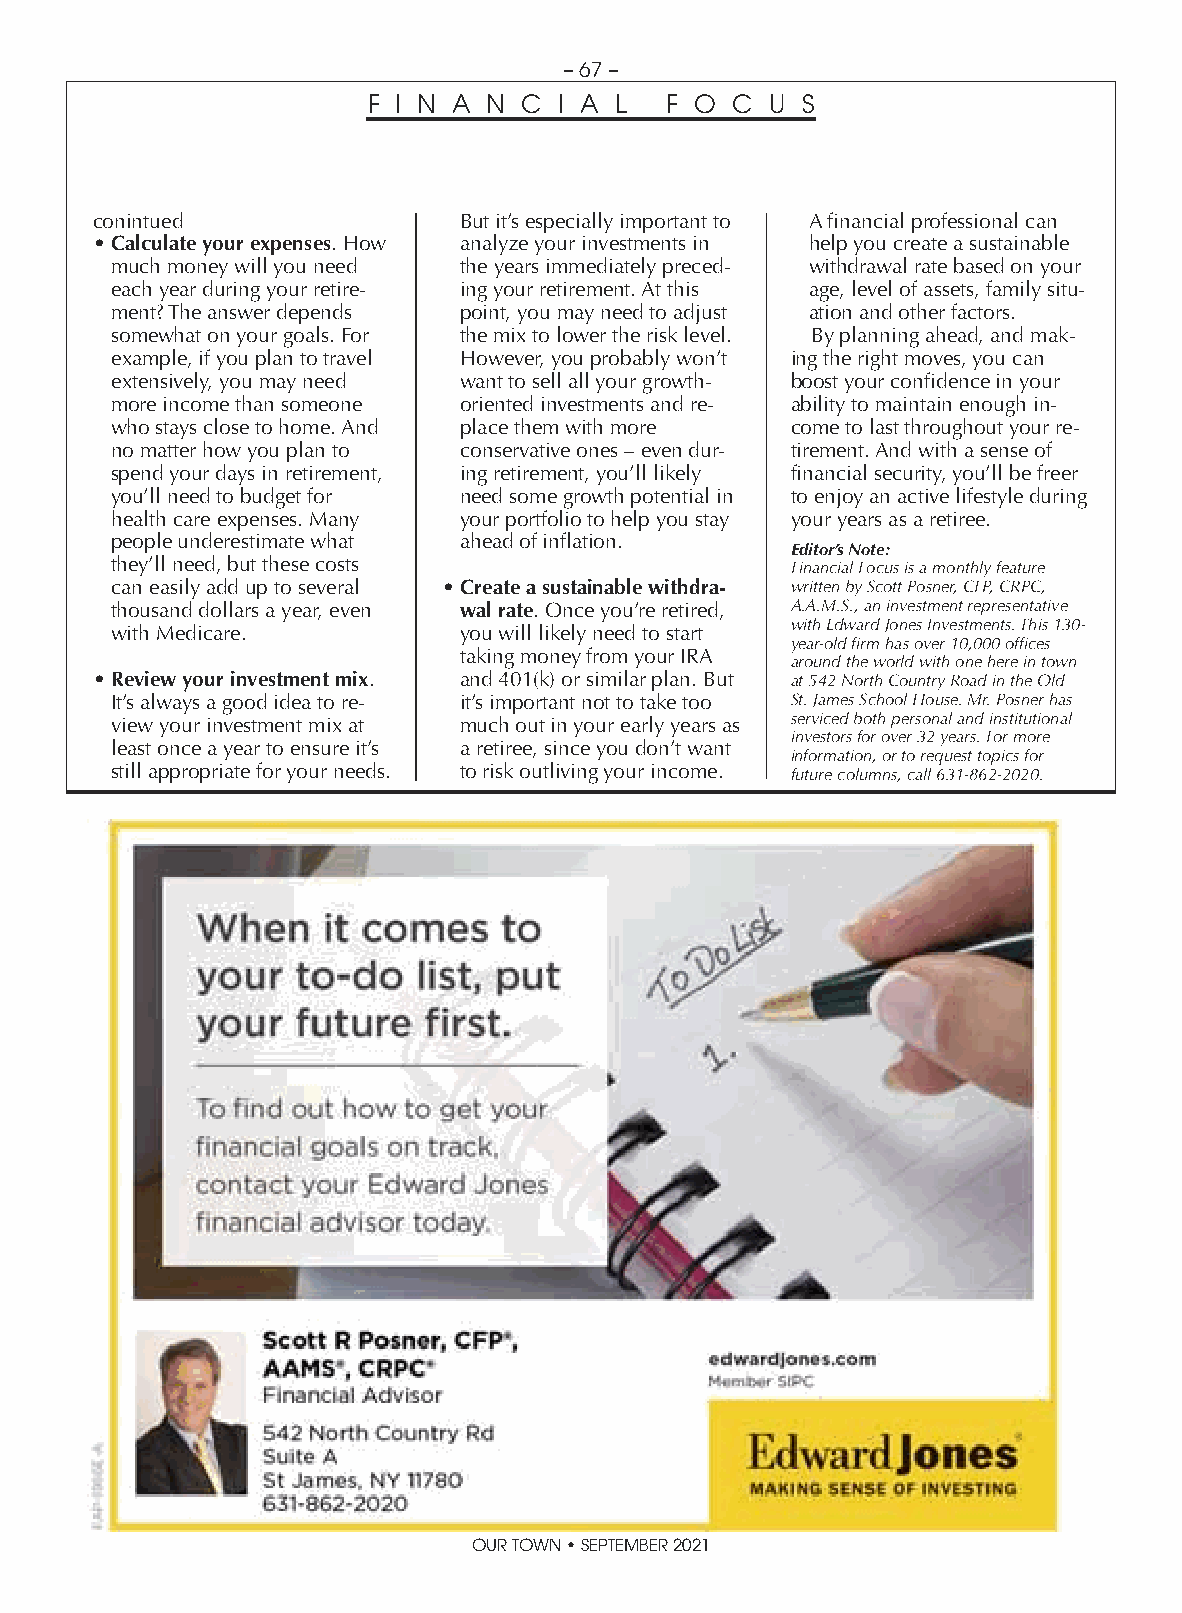
– 67 –
 F I N A N  C I A L  F O C  U S
 conintued               But it’s especially important to A financial professional can
 • Calculate your expenses. How analyze your investments in help you create a sustainable
 much money will you need the years immediately preced- withdrawal rate based on your
 each year during your retire- ing your retirement. At this age, level of assets, family situ-
 ment? The answer depends point, you may need to adjust ation and other factors.
 somewhat on your goals. For the mix to lower the risk level. By planning ahead, and mak-
 example, if you plan to travel However, you probably won’t ing the right moves, you can
 extensively, you may need want to sell all your growth- boost your confidence in your
 more income than someone oriented investments and re- ability to maintain enough in-
 who stays close to home. And place them with more come to last throughout your re-
 no matter how you plan to conservative ones – even dur- tirement. And with a sense of
 spend your days in retirement, ing retirement, you’ll likely financial security, you’ll be freer
 you’ll need to budget for need some growth potential in to enjoy an active lifestyle during
 health care expenses. Many your portfolio to help you stay your years as a retiree.
 people underestimate what ahead of inflation.
 Editor’s Note:
 they’ll need, but these costs                Financial Focus is a monthly feature
 can easily add up to several • Create a sustainable withdra- written by Scott Posner, CFP, CRPC,
 thousand dollars a year, even wal rate. Once you’re retired, A.A.M.S., an investment representative
 with Edward Jones Investments. This 130-
 with Medicare.         you will likely need to start
 year-old firm has over 10,000 offices
 taking money from your IRA
 around the world with one here in town
 • Review your investment mix. and 401(k) or similar plan. But at 542 North Country Road in the Old
 It’s always a good idea to re- it’s important not to take too St. James School House. Mr. Posner has
 view your investment mix at much out in your early years as serviced both personal and institutional
 investors for over 32 years. For more
 least once a year to ensure it’s a retiree, since you don’t want
 information, or to request topics for
 still appropriate for your needs. to risk outliving your income. future columns, call 631-862-2020.
 OUR TOWN • SEPTEMBER 2021